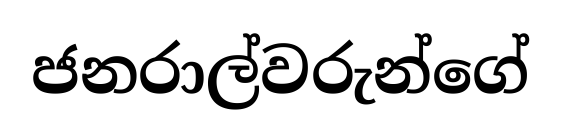
ජනරාල්වරුන්ගේ